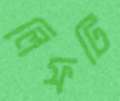
লিফটি